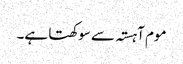
موم آہستہ سے سوکھتا ہے۔